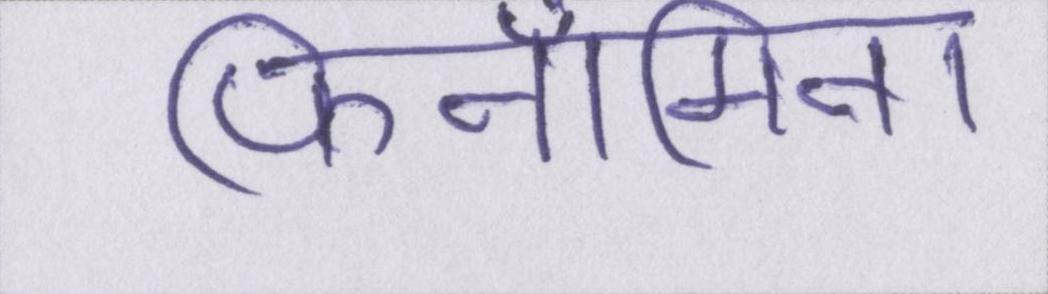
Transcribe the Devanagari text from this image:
फिनॉमिना